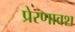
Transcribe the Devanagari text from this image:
प्रेरणावश